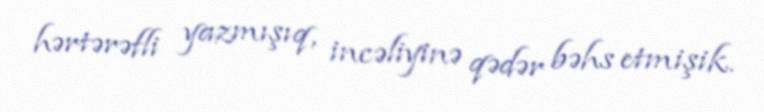
hərtərəfli yazmışıq, incəliyinə qədər bəhs etmişik.